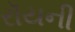
રૉયની